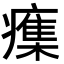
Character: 𭼫